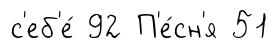
с'еб'е́ 92 П'е́сн'я 51